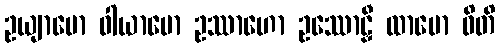
ဥယျာမော ဝါယာမော ဥဿာဟော ဥဿောဠှီ ထာမော ဓိတိ